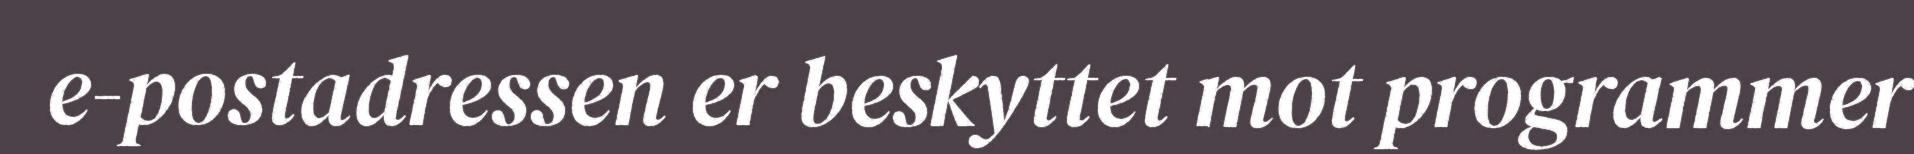
e-postadressen er beskyttet mot programmer